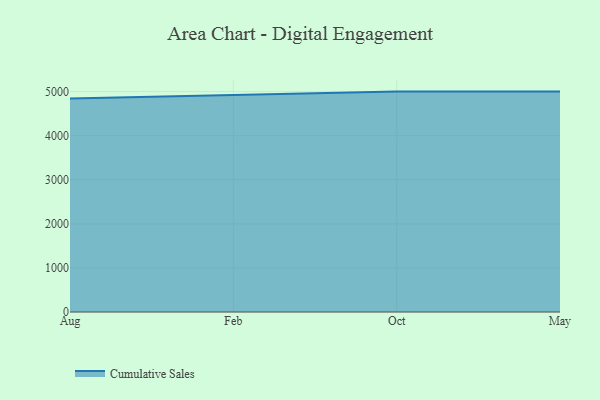
{"axis": {"x": "Month", "y": "Churn Rate (%)"}, "legend": ["Cumulative Sales"], "data": [{"x": "Aug", "y": 4845.8, "type": "Cumulative Sales"}, {"x": "Feb", "y": 4926.0, "type": "Cumulative Sales"}, {"x": "Oct", "y": 5000, "type": "Cumulative Sales"}, {"x": "May", "y": 5000, "type": "Cumulative Sales"}]}